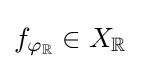
f_{\varphi _{\mathbb {R} }}\in X_{\mathbb {R} }